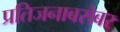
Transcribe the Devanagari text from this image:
प्रतिजनाबरोबर